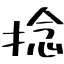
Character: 捻